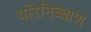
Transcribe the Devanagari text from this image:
परिनिब्बाण